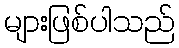
များဖြစ်ပါသည်